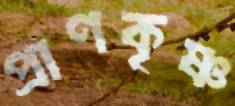
প্রাণকৃষ্ণ